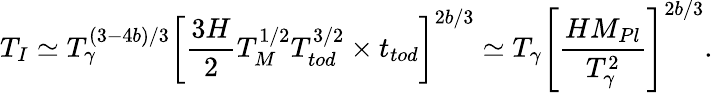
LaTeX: T_{I}\simeq T_{\gamma}^{(3-4b)/3}\left[\frac{3H}2T_{M}^{1/2}T_{tod}^{3/2}\times t_{tod}\right]^{2b/3}\simeq T_{\gamma}\left[\frac{HM_{Pl}}{T_{\gamma}^{2}}\right]^{2b/3}.